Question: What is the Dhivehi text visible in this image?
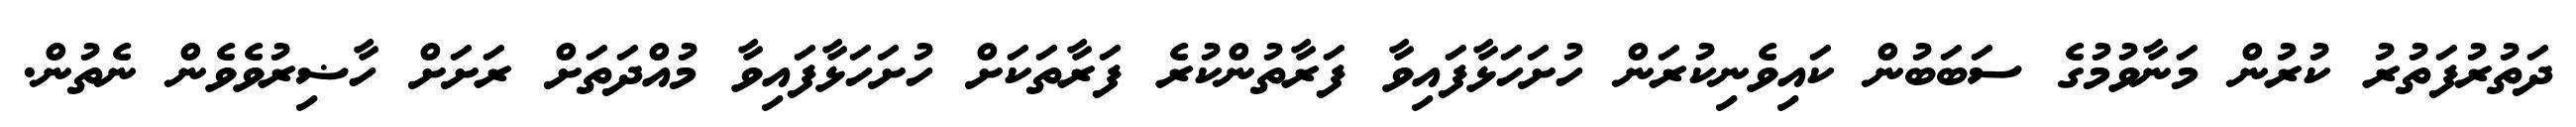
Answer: ދަތުރުފަތުރު ކުރުން މަނާވުމުގެ ސަބަބުން ކައިވެނިކުރަން ހުށަހަޅާފައިވާ ފަރާތުންކުރެ ފަރާތަކަށް ހުށަހަޅާފައިވާ މުއްދަތަށް ރަށަށް ހާޟިރުވެވެން ނެތުން.